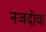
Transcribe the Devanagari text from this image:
नजदींक